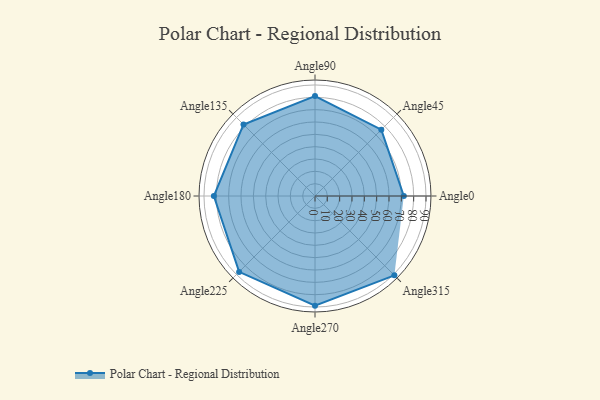
{"axis": {"x": "Angle", "y": "Radius"}, "legend": [""], "data": [{"x": "Angle0", "y": 72.0, "type": ""}, {"x": "Angle45", "y": 76.0, "type": ""}, {"x": "Angle90", "y": 81.0, "type": ""}, {"x": "Angle135", "y": 82.0, "type": ""}, {"x": "Angle180", "y": 82.0, "type": ""}, {"x": "Angle225", "y": 87.0, "type": ""}, {"x": "Angle270", "y": 89.0, "type": ""}, {"x": "Angle315", "y": 91.0, "type": ""}]}